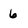
Character: 6